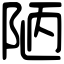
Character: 陋